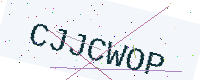
Text: CJJCWOP